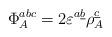
LaTeX: \begin{align*}\Phi_A^{abc}=2 \varepsilon^{a \underline{b}} \rho_A^{\underline{c}} \end{align*}